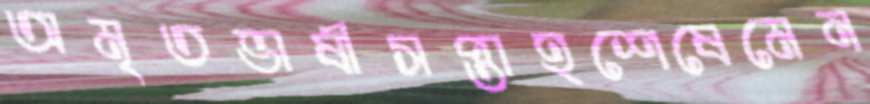
অমৃতভাষীসপ্তাহশেষেমেন